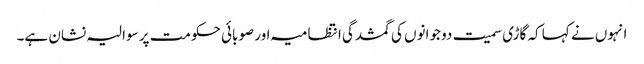
انہوں نے کہا کہ گاڑی سمیت دو جوانوں کی گمشدگی انتظامیہ اور صوبائی حکومت پر سوالیہ نشان ہے۔